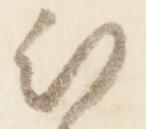
被